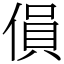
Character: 傊